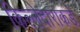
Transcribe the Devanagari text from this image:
किल्लेदाराकडे